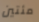
مئتين